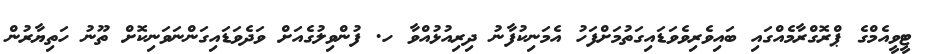
ޓީވީއެމްގެ ޕްރޮގްރާމެއްގައި ބައިވެރިވެވަޑައިގަތުމަށްފަހު އެމަނިކުފާނު ދިރިއުޅުއްވާ ހ. ފުންވިލުގެއަށް ވަދެވަޑައިގަންނަވަނިކޮށް ތޫނު ހަތިޔާރުން